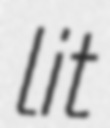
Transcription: lit